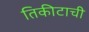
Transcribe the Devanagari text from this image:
तिकीटाची